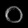
Digit: ၀